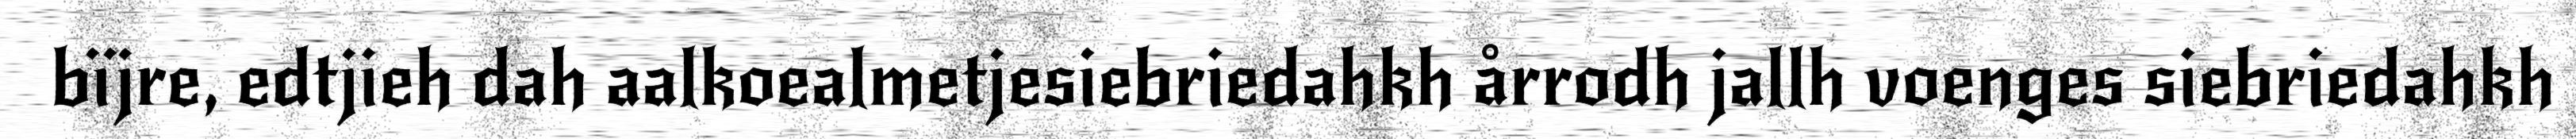
bïjre, edtjieh dah aalkoealmetjesiebriedahkh årrodh jallh voenges siebriedahkh